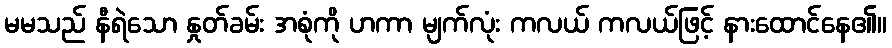
မမသည် နီရဲသော နှုတ်ခမ်း အစုံကို ဟကာ မျက်လုံး ကလယ် ကလယ်ဖြင့် နားထောင်နေ၏။